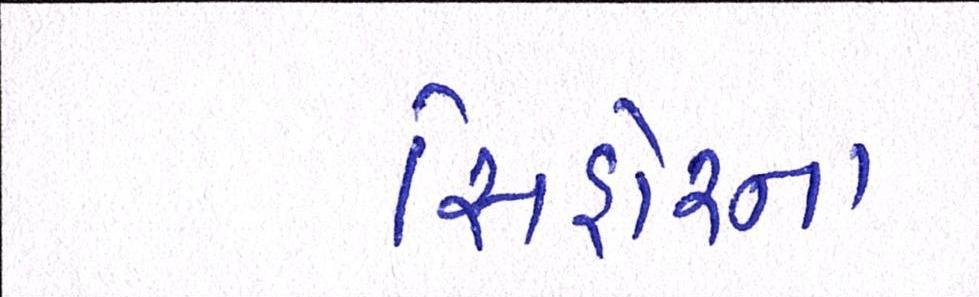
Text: સિહોરના